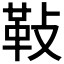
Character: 𩉲